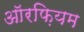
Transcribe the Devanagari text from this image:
ऑरफ़ियम